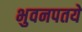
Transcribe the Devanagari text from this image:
भुवनपतये